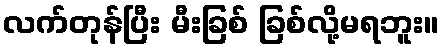
လက်တုန်ပြီး မီးခြစ် ခြစ်လို့မရဘူး။